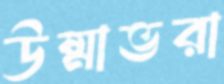
উষ্মাভরা